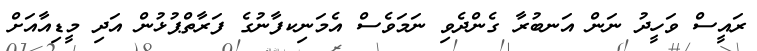
ރައީސް ވަހީދު ނަން އަނބުރާ ގެންދެވި ނަމަވެސް އެމަނިކފާނުގެ ފަރާތްޕުޅުން އަދި މީޑިއާއަށް